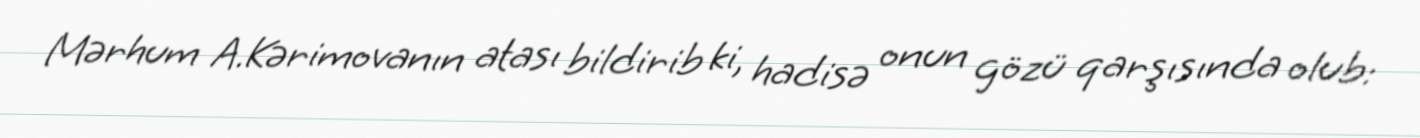
Mərhum A.Kərimovanın atası bildirib ki, hadisə onun gözü qarşısında olub: